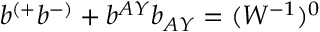
b ^ { ( + } b ^ { - ) } + b ^ { A Y } b _ { A Y } = ( W ^ { - 1 } ) ^ { 0 }